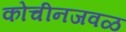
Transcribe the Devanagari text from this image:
कोचीनजवळ